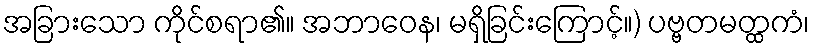
အခြားသော ကိုင်စရာ၏။ အဘာဝေန၊ မရှိခြင်းကြောင့်။) ပဗ္ဗတမတ္ထကံ၊